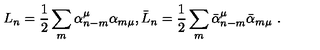
L _ { n } = \frac { 1 } { 2 } \sum _ { m } \alpha _ { n - m } ^ { \mu } \alpha _ { m \mu } , \bar { L } _ { n } = \frac { 1 } { 2 } \sum _ { m } \bar { \alpha } _ { n - m } ^ { \mu } \bar { \alpha } _ { m \mu } \ .